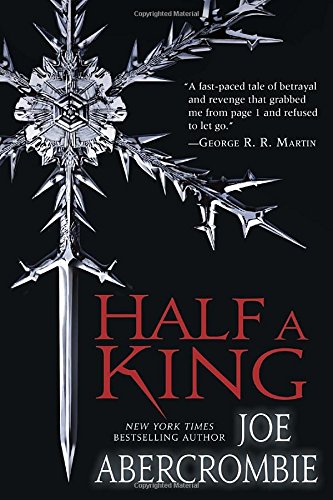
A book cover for Half a King (Shattered Sea); Joe Abercrombie; Science Fiction & Fantasy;